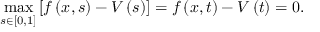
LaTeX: \operatorname* { m a x } _ { s \in \left[ 0 , 1 \right] } \left[ f \left( x , s \right) - V \left( s \right) \right] = f \left( x , t \right) - V \left( t \right) = 0 .